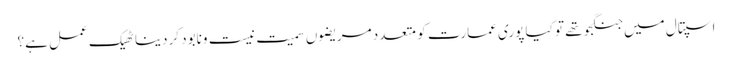
اسپتال میں جنگجو تھے تو کیا پوری عمارت کو متعدد مریضوں سمیت نیست ونابود کردینا ٹھیک عمل ہے؟